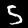
Label: 5